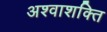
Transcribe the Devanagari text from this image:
अश्वाशक्ति